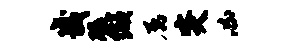
畿碾缬属突凶